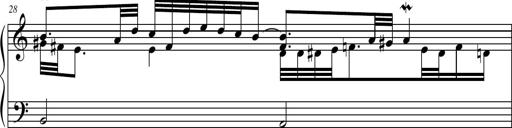
Title: Suite in the Old Style
Composer: Tyler Versluis